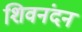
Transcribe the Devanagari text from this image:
शिवनंदन